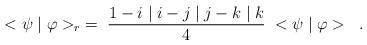
LaTeX: \begin{align*}<\psi \mid \varphi>_{r} \; = \;\frac{1 - i\mid i - j\mid j - k\mid k}{4} \; <\psi \mid \varphi> \; \; .\end{align*}